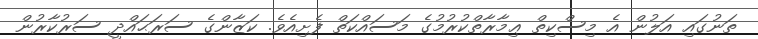
ތަނުގައި އަލުން އެ މިސްކިތް ޢިމާރާތްކުރުމުގެ މަސައްކަތް ފެށިއެވެ. ކަޒާންގެ ސަރަޙައްދީ ސަރުކާރުން